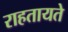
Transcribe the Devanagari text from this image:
राहतायते